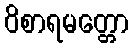
ဝိစာရမတ္တော